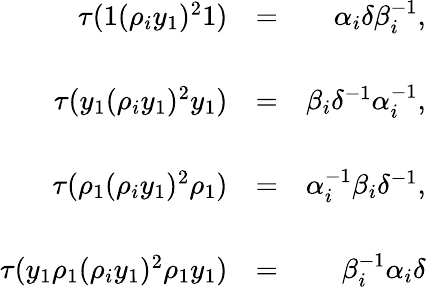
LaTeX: \begin{array}{rlr}{\tau(1(\rho_{i}y_{1})^{2}1)}&{=}&{\alpha_{i}\delta\beta_{i}^{-1},}\\ &{}&\\ {\tau(y_{1}(\rho_{i}y_{1})^{2}y_{1})}&{=}&{\beta_{i}\delta^{-1}\alpha_{i}^{-1},}\\ &{}&\\ {\tau(\rho_{1}(\rho_{i}y_{1})^{2}\rho_{1})}&{=}&{\alpha_{i}^{-1}\beta_{i}\delta^{-1},}\\ &{}&\\ {\tau(y_{1}\rho_{1}(\rho_{i}y_{1})^{2}\rho_{1}y_{1})}&{=}&{\beta_{i}^{-1}\alpha_{i}\delta}\end{array}